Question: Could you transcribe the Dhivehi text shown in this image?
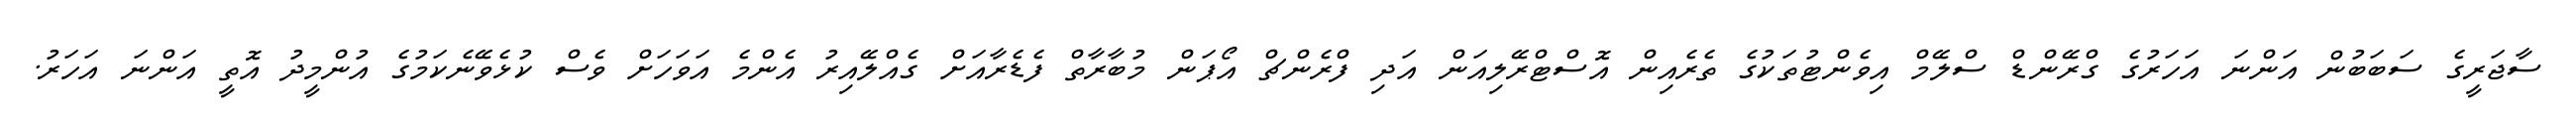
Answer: ސާޖަރީގެ ސަބަބުން އަންނަ އަހަރުގެ ގްރޭންޑް ސްލޭމް އިވެންޓުތަކުގެ ތެރެއިން އޮސްޓްރޭލިއަން އަދި ފްރެންޗް އޯޕަން މުބާރާތް ފެޑެރާއަށް ގެއްލޭއިރު އެންމެ އަވަހަށް ވެސް ކުޅެވޭނެކަމުގެ އުންމީދު އޮތީ އަންނަ އަހަރު.